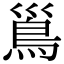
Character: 𩾣